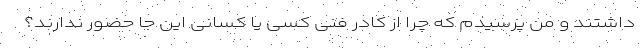
داشتند و من پرسیدم که چرا از کادر فنی کسی یا کسانی این جا حضور ندارند؟